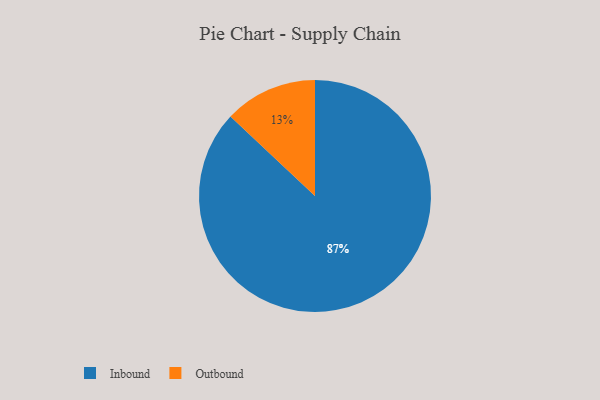
{"axis": {"x": "Category", "y": "Percentage"}, "legend": ["Inbound", "Outbound"], "data": [{"x": "Inbound", "y": 87, "type": "Inbound"}, {"x": "Outbound", "y": 13, "type": "Outbound"}]}